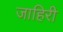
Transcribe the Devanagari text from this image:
जाहिरी